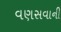
વણસવાની